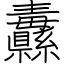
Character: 纛